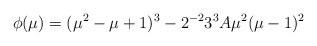
\begin{align*}\phi (\mu) = (\mu^2 - \mu + 1)^3 - 2^{-2} 3^3 A \mu^2 (\mu-1)^2\end{align*}